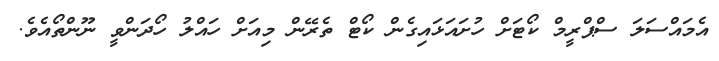
އެމައްސަލަ ސްްޕްރީމް ކޯޓަށް ހުށައަޅައިގެން ކޯޓް ތެރޭން މިއަށް ހައްލު ހޯދަންވީ ނޫންތޯއެވެ.